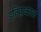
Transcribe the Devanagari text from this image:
इतिहाकाळ